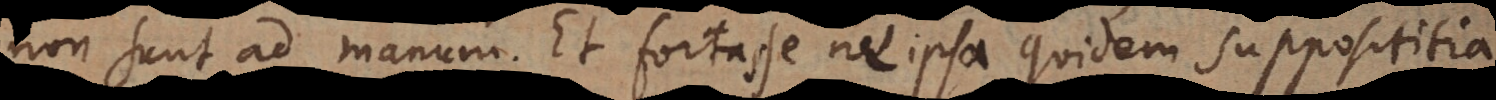
non sunt ad manum. Et fortasse ne ipsa quidem supposititia